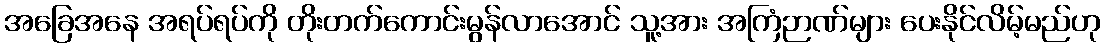
အခြေအနေ အရပ်ရပ်ကို တိုးတက်ကောင်းမွန်လာအောင် သူ့အား အကြံဉာဏ်များ ပေးနိုင်လိမ့်မည်ဟု